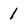
Character: 1